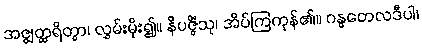
အဇ္ဈတ္ထရိတွာ၊ လွှမ်းမိုး၍။ နိပဇ္ဇိံသု၊ အိပ်ကြကုန်၏။ ဂန္ဓတေလဒီပါ၊